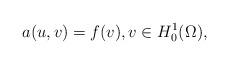
LaTeX: \begin{align*} a(u,v)=f(v),v\in H^1_0(\Omega),\end{align*}